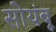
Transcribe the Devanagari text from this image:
सोयंबू